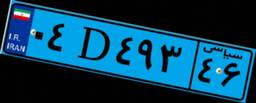
۰۴D۴۹۳۴۶